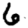
Digit: 6